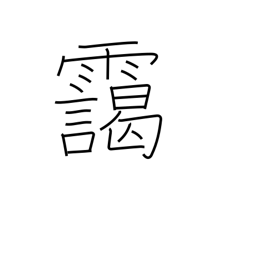
Meaning: haze